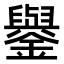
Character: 𨮖